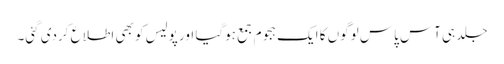
جلد ہی آس پاس لوگوں کا ایک ہجوم جمع ہوگیا اور پولیس کو بھی اطلاع کردی گئی۔